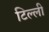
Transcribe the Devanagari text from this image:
टिल्ली